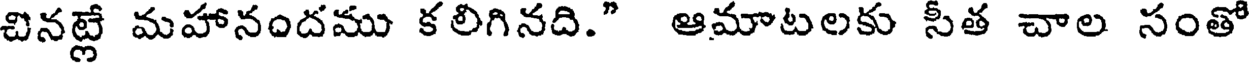
చినట్లే మహానందము కలిగినది." ఆమాటలకు సీత చాల సంతో